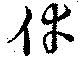
倖